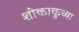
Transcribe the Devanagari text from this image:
शोकाकुच्या